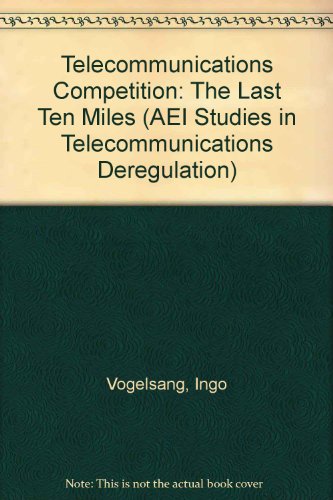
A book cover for Telecommunications Competition: The Last Ten Miles (AEI Studies; Ingo Vogelsang; Law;